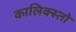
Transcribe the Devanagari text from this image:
कालिक्स्तो